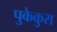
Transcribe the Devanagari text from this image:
पुकेकुरा